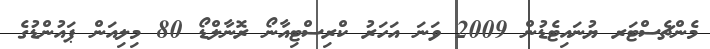
މެންޗެސްޓަރ ޔުނައިޓެޑުން 2009 ވަނަ އަހަރު ކްރިސްޓިއާނޯ ރޮނާލްޑޯ 80 މިލިއަން ޕައުންޑުގެ